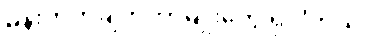
မှန်းတွက်ချက်တာမျိုးတွေ ရှိပါတယ်။